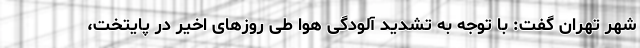
شهر تهران گفت: با توجه به تشدید آلودگی هوا طی روزهای اخیر در پایتخت،